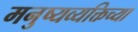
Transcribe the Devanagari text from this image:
मनुष्यव्यक्तिच्या